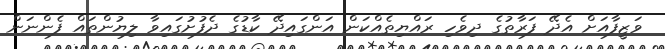
ވަޒީފާއަށް އެދޭ ފަރާތުގެ ދިވެހި ރައްޔިތެއްކަން އަންގައިދޭ ކާޑުގެ ދެފުށުގައިވާ ލިޔުންތައް ފެންނަން